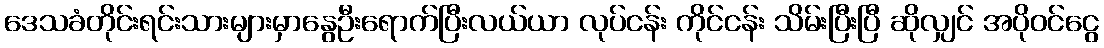
ဒေသခံတိုင်းရင်းသားများမှာနွေဦးရောက်ပြီးလယ်ယာ လုပ်ငန်း ကိုင်ငန်း သိမ်းပြီးပြီ ဆိုလျှင် အပိုဝင်ငွေ